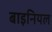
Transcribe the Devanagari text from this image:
बाइनियल